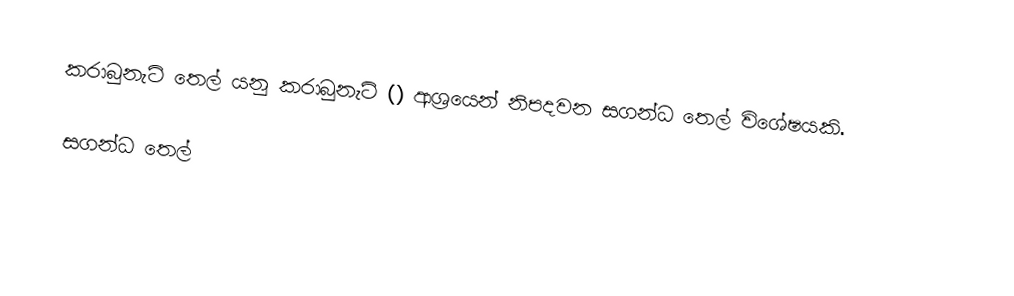
කරාබුනැටි තෙල් යනු කරාබුනැටි () ආශ්‍රයෙන් නිපදවන සගන්ධ තෙල් විශේෂයකි.

සගන්ධ තෙල්